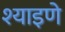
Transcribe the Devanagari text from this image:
श्याइणे